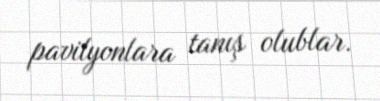
pavilyonlara tanış olublar.